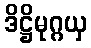
ဒိဋ္ဌိမုဂ္ဂယှ